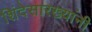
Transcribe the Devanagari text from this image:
शिंदेसारख्यांनी